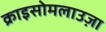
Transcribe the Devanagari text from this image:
क्राइसोमलाउज़ा